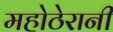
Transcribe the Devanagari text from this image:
महोठेरानी